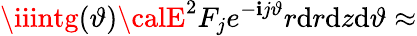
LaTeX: \iiintg(\vartheta){\calE}^{2}F_{j}e^{-\mathbf{i}j\vartheta}r\mathrm{{d}}r\mathrm{{d}}z\mathrm{{d}}\vartheta\approx